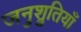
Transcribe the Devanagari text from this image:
जनुश्रुतियाँ